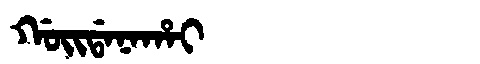
Manchu: ᡤᠣᡳᡩᠠᠨᠠᡥᠠᡳ
Romanization: GOIDANAHAI